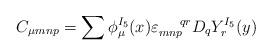
LaTeX: \begin{align*}C_{\mu m n p} = \sum \phi_{\mu}^{I_5} (x) \varepsilon_{mnp}^{\: \: \: \: \: \: \: \: qr} D_q Y_r^{I_5} (y)\end{align*}